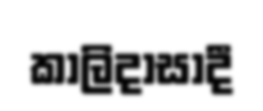
කාලිදාසාදී